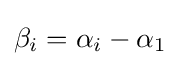
\beta _{i}=\alpha _{i}-\alpha _{1}